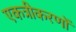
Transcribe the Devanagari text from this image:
एकत्रीकरणों